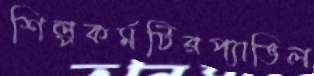
শিল্পকর্মটিরপ্যাভিল